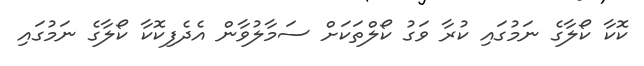
ކޮކާ ކޯލާގެ ނަމުގައި ކުރާ ވަގު ކޯލްތަކަށް ސަމާލުވާން އެދެފިކޮކާ ކޯލާގެ ނަމުގައި